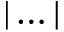
| \dots |